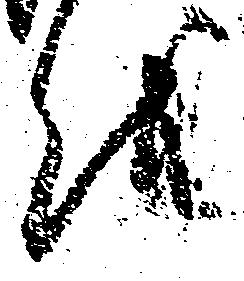
越